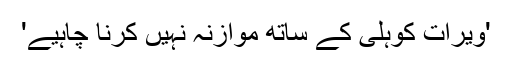
'ویرات کوہلی کے ساتھ موازنہ نہیں کرنا چاہیے'